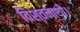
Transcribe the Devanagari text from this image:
विश्वनाथी।